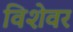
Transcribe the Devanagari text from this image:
विशेवर